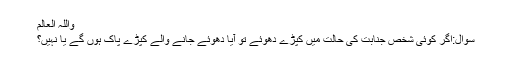
واللہ العالم
سوال:اگر کوئی شخص جنابت کی حالت میں کپڑے دھوئے تو آیا دھوئے جانے والے کپڑے پاک ہوں گے یا نہیں؟